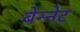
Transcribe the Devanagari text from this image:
बेन्नेट